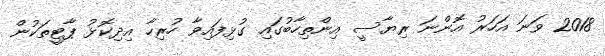
2018 ވަނަ އަހަރު އޮންނަ ރިޔާސީ އިންތިހާބުގައި ގުޅިފައިވާ ހުރިހާ އިދިކޮޅު ޕާޓީތަކުން